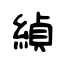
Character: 緽